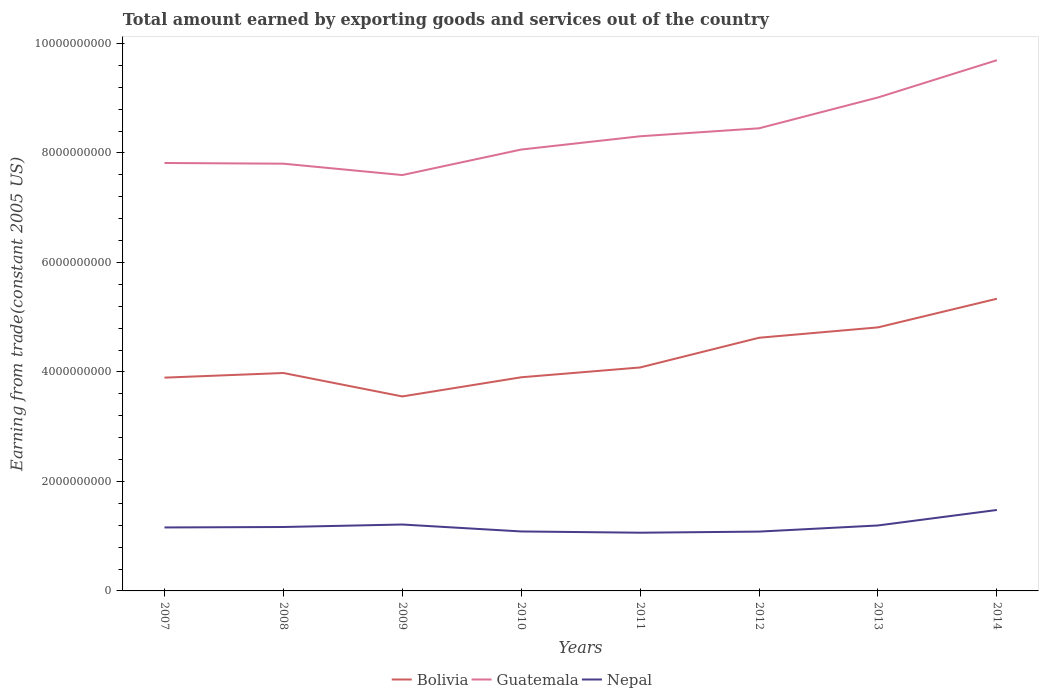
| Years | Bolivia | Guatemala | Nepal |
 | --- | --- | --- | --- |
 | 2007 | 3.9e+09 | 7.82e+09 | 1.16e+09 |
 | 2008 | 3.98e+09 | 7.8e+09 | 1.17e+09 |
 | 2009 | 3.55e+09 | 7.6e+09 | 1.21e+09 |
 | 2010 | 3.9e+09 | 8.06e+09 | 1.09e+09 |
 | 2011 | 4.08e+09 | 8.31e+09 | 1.06e+09 |
 | 2012 | 4.62e+09 | 8.45e+09 | 1.08e+09 |
 | 2013 | 4.81e+09 | 9.01e+09 | 1.2e+09 |
 | 2014 | 5.34e+09 | 9.69e+09 | 1.48e+09 |